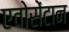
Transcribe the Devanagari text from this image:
एवोसेंटान